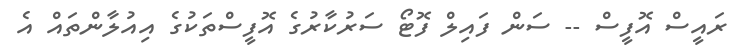
ރައީސް އޮފީސް -- ސަން ފައިލް ފޮޓޯ ސަރުކާރުގެ އޮފީސްތަކުގެ އިއުލާންތައް އެ